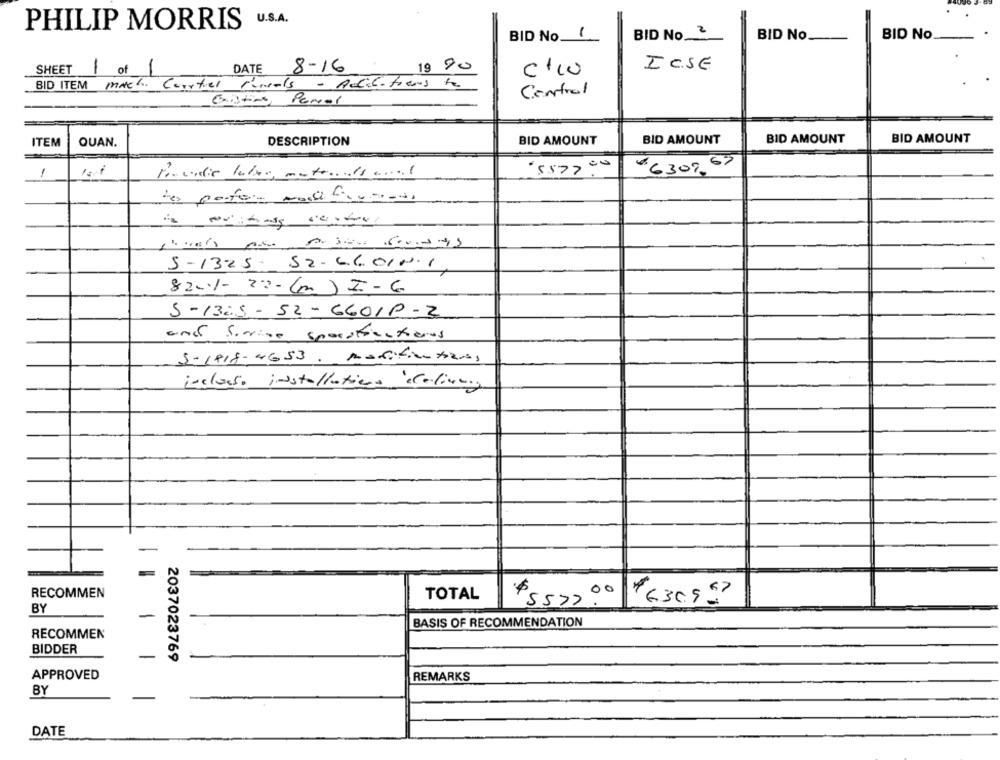
U.S.A.
PHILIP MORRIS
BID No.
1
BID No 2
BID No.
BID No
SHEET
1
of
DATE
8-16
19 90
ICSE
c/10
Math. Courtier finals - Additions to
BID ITEM
Control
Extra Panol
BID AMOUNT
ITEM
QUAN.
DESCRIPTION
BID AMOUNT
BID AMOUNT
BID AMOUNT
1
5577 00
€6307,67
5-13-25- S2. 6.6.01 N.1.
820%- 23- (m ) I-6
5-13:5 - 52 - 66010 -2
and forrige specificatieres
S-1918-4653. Matifiantsaras
incasso installations dlalinus
RECOMMEN
,00
TOTAL
5577.
4 6.30.95?
BY
-
BASIS OF RECOMMENDATION
RECOMMEN
BIDDER
-
2037023769
APPROVED
REMARKS
BY
DATE